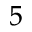
_ 5